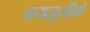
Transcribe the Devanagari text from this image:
बयलूसीमे